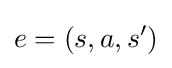
e=(s,a,s')